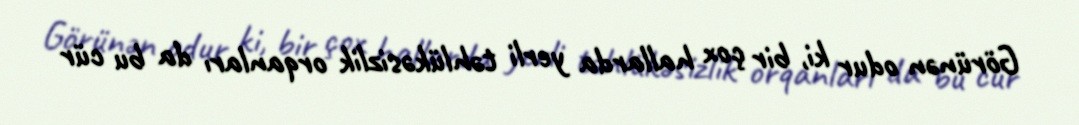
Görünən odur ki, bir çox hallarda yerli təhlükəsizlik orqanları da bu cür